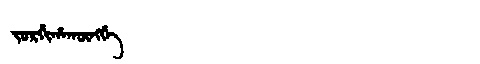
Manchu: ᠵᠣᡵᡤᡳᡥᠠᡴᡡᠩᡤᡝ
Romanization: JORGIHAKŪNGGE